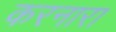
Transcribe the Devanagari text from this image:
करनारा